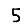
Digit: 5